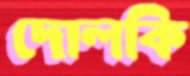
দোলকি